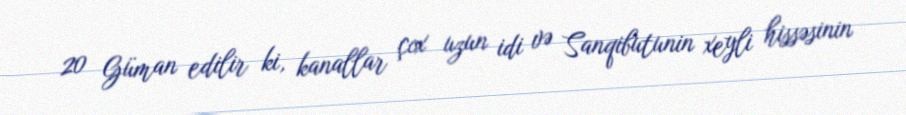
20 Güman edilir ki, kanallar çox uzun idi və Sanqibutunin xeyli hissəsinin